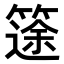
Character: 𥱻